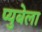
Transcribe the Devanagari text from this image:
प्युबेला